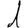
Digit: 1